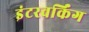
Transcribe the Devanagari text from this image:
इंटरवर्किंग